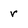
Character: r